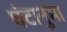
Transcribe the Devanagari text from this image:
घंटानुमा